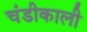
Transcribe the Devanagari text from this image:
चंडीकाली